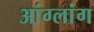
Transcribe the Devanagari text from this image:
आंग्लांग